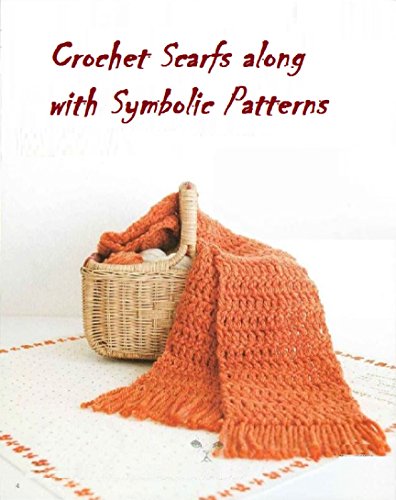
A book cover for Crochet Scarf along with Symbolic patterns; Michael Jackob; Crafts, Hobbies & Home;